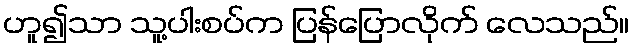
ဟူ၍သာ သူ့ပါးစပ်က ပြန်ပြောလိုက် လေသည်။